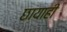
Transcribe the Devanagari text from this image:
छायाही